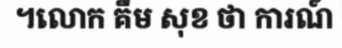
។លោក គឹម សុខ ថា ការណ៍